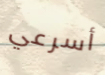
أسرعي